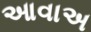
આવાઅ